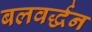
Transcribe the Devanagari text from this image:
बलवर्द्धन